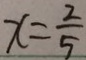
x = \frac { 2 } { 5 }